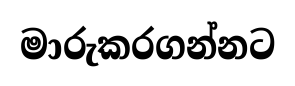
මාරුකරගන්නට